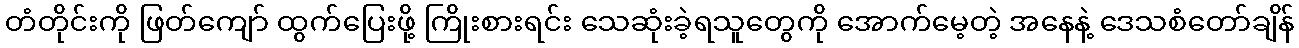
တံတိုင်းကို ဖြတ်ကျော် ထွက်ပြေးဖို့ ကြိုးစားရင်း သေဆုံးခဲ့ရသူတွေကို အောက်မေ့တဲ့ အနေနဲ့ ဒေသစံတော်ချိန်